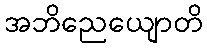
အဘိညေယျောတိ